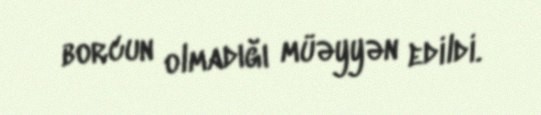
borcun olmadığı müəyyən edildi.